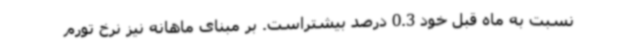
نسبت به ماه قبل خود 0.3 درصد بیشتراست. بر مبنای ماهانه نیز نرخ تورم